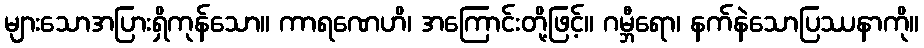
များသောအပြားရှိကုန်သော။ ကာရဏေဟိ၊ အကြောင်းတို့ဖြင့်။ ဂမ္ဘီရော၊ နက်နဲသောပြဿနာကို။